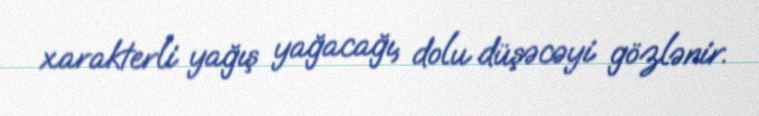
xarakterli yağış yağacağı, dolu düşəcəyi gözlənir.